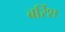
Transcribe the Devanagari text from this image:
बर्रिश